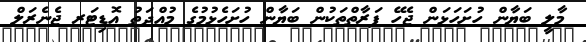
މާލީ ބަޔާން ހުށަހަޅަން ޖެހޭ ފަރާތްތަކުން ބަޔާން ހުށަހެޅުމުގެ މުއްދަތު އޮޑިޓަރ ޖެނެރަލް